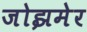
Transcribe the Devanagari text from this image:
जोझमेर